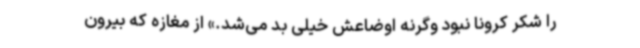
را شکر کرونا نبود وگرنه اوضاعش خیلی بد می‌شد.» از مغازه که بیرون